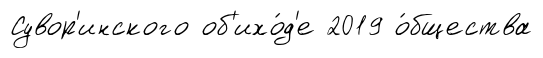
Сувор'инского об'ихо́д'е 2019 о́бщества